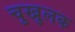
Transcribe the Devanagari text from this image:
चुखुलक